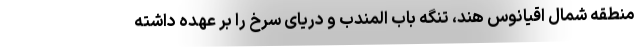
منطقه شمال اقیانوس هند، تنگه باب المندب و دریای سرخ را بر عهده داشته